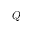
Q